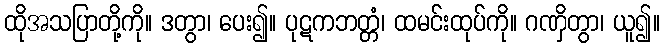
ထိုအသပြာတို့ကို။ ဒတွာ၊ ပေး၍။ ပုဋကဘတ္တံ၊ ထမင်းထုပ်ကို။ ဂဏှိတွာ၊ ယူ၍။